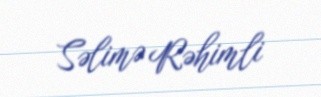
Səlimə Rəhimli